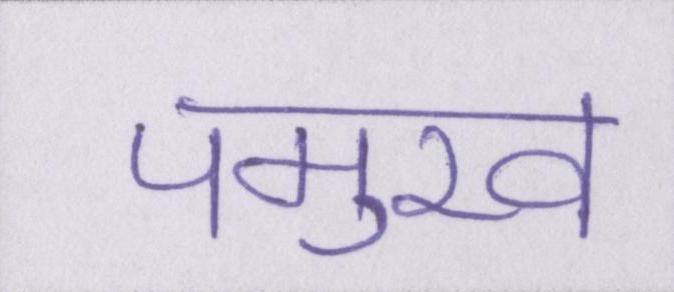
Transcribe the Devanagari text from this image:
पमुख